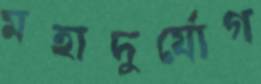
মহাদুর্যোগ